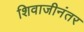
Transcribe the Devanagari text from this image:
शिवाजीनंतर